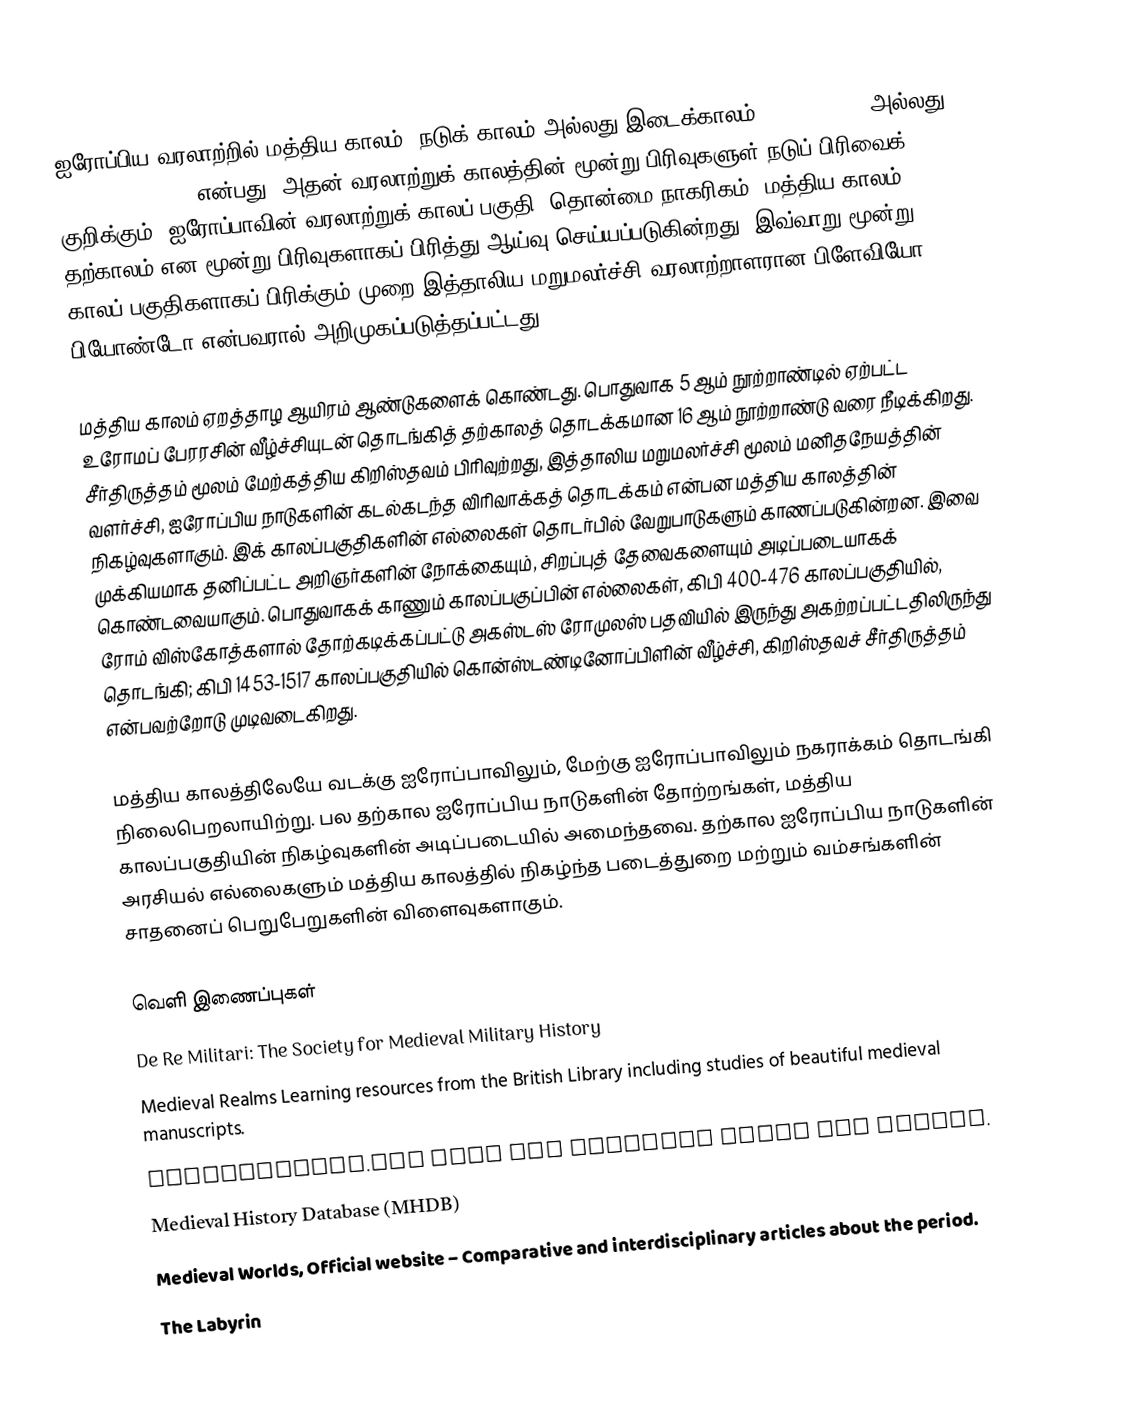
ஐரோப்பிய வரலாற்றில் மத்திய காலம், நடுக் காலம் அல்லது இடைக்காலம் (Middle Ages அல்லது medieval period) என்பது, அதன் வரலாற்றுக் காலத்தின் மூன்று பிரிவுகளுள் நடுப் பிரிவைக் குறிக்கும். ஐரோப்பாவின் வரலாற்றுக் காலப் பகுதி, தொன்மை நாகரிகம், மத்திய காலம், தற்காலம் என மூன்று பிரிவுகளாகப் பிரித்து ஆய்வு செய்யப்படுகின்றது. இவ்வாறு மூன்று காலப் பகுதிகளாகப் பிரிக்கும் முறை இத்தாலிய மறுமலர்ச்சி வரலாற்றாளரான பிளேவியோ பியோண்டோ என்பவரால் அறிமுகப்படுத்தப்பட்டது.

மத்திய காலம் ஏறத்தாழ ஆயிரம் ஆண்டுகளைக் கொண்டது. பொதுவாக 5 ஆம் நூற்றாண்டில் ஏற்பட்ட உரோமப் பேரரசின் வீழ்ச்சியுடன் தொடங்கித் தற்காலத் தொடக்கமான 16 ஆம் நூற்றாண்டு வரை நீடிக்கிறது. சீர்திருத்தம் மூலம் மேற்கத்திய கிறிஸ்தவம் பிரிவுற்றது, இத்தாலிய மறுமலர்ச்சி மூலம் மனிதநேயத்தின் வளர்ச்சி, ஐரோப்பிய நாடுகளின் கடல்கடந்த விரிவாக்கத் தொடக்கம் என்பன மத்திய காலத்தின் நிகழ்வுகளாகும். இக் காலப்பகுதிகளின் எல்லைகள் தொடர்பில் வேறுபாடுகளும் காணப்படுகின்றன. இவை முக்கியமாக தனிப்பட்ட அறிஞர்களின் நோக்கையும், சிறப்புத் தேவைகளையும் அடிப்படையாகக் கொண்டவையாகும். பொதுவாகக் காணும் காலப்பகுப்பின் எல்லைகள், கிபி 400-476 காலப்பகுதியில், ரோம் விஸ்கோத்களால் தோற்கடிக்கப்பட்டு அகஸ்டஸ் ரோமுலஸ் பதவியில் இருந்து அகற்றப்பட்டதிலிருந்து தொடங்கி; கிபி 1453-1517 காலப்பகுதியில் கொன்ஸ்டண்டினோப்பிளின் வீழ்ச்சி, கிறிஸ்தவச் சீர்திருத்தம் என்பவற்றோடு முடிவடைகிறது.

மத்திய காலத்திலேயே வடக்கு ஐரோப்பாவிலும், மேற்கு ஐரோப்பாவிலும் நகராக்கம் தொடங்கி நிலைபெறலாயிற்று. பல தற்கால ஐரோப்பிய நாடுகளின் தோற்றங்கள், மத்திய காலப்பகுதியின் நிகழ்வுகளின் அடிப்படையில் அமைந்தவை. தற்கால ஐரோப்பிய நாடுகளின் அரசியல் எல்லைகளும் மத்திய காலத்தில் நிகழ்ந்த படைத்துறை மற்றும் வம்சங்களின் சாதனைப் பெறுபேறுகளின் விளைவுகளாகும்.

வெளி இணைப்புகள்
 De Re Militari: The Society for Medieval Military History
 Medieval Realms Learning resources from the British Library including studies of beautiful medieval manuscripts.
 Medievalists.net News and articles about the period.
 Medieval History Database (MHDB)
 Medieval Worlds, Official website – Comparative and interdisciplinary articles about the period.
 The Labyrin